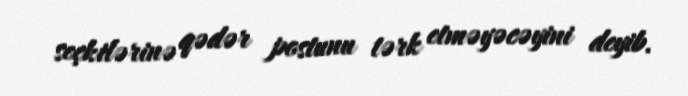
seçkilərinə qədər postunu tərk etməyəcəyini deyib.